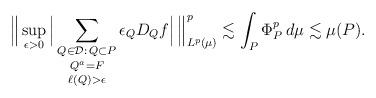
LaTeX: \begin{align*}\Big\| \sup_{\epsilon > 0} \Big| \mathop{\mathop{\sum_{Q \in \mathcal{D}:\, Q \subset P}}_{Q^a = F}}_{\ell(Q) > \epsilon} \epsilon_Q D_Q f \Big|\, \Big\|_{L^p(\mu)}^p\lesssim \int_P \Phi_P^p\,d\mu \lesssim \mu(P).\end{align*}